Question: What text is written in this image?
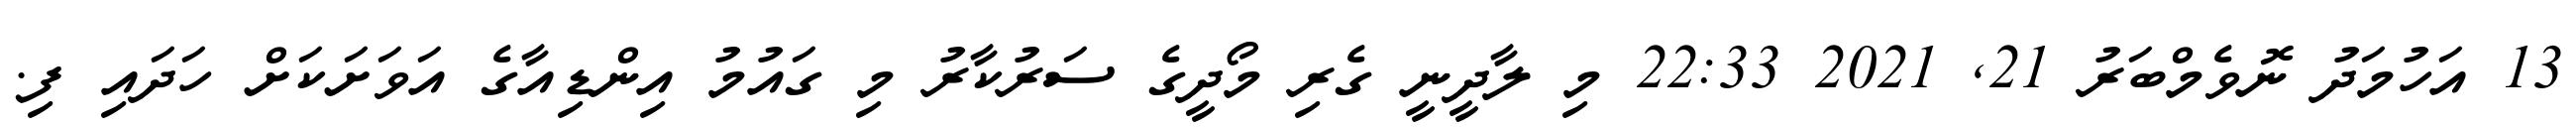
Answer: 13 އަހުމަދު ނޮވެމްބަރު 21, 2021 22:33 މި ލާދީނީ ގެރި މޯދީގެ ސަރުކާރު މި ގައުމު އިންޑިއާގެ އަވަށަކަށް ހަދައި ފި.